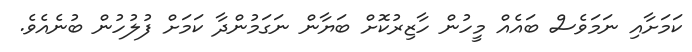
ކަމަށާއި ނަމަވެސް ބައެއް މީހުން ހާޒިރުކޮށް ބަޔާން ނަގަމުންދާ ކަމަށް ފުލުހުން ބުނެއެވެ.